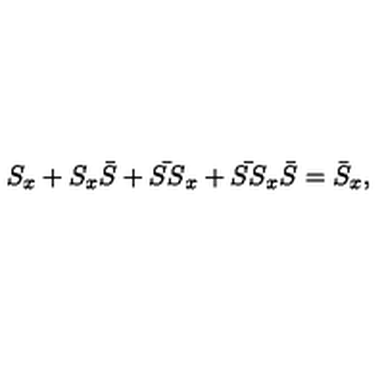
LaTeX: S _ { x } + S _ { x } \bar { S } + \bar { S S } _ { x } + \bar { S S } _ { x } \bar { S } = \bar { S } _ { x } ,